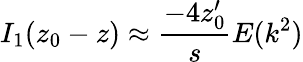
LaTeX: I_{1}(z_{0}-z)\approx\frac{-4z_{0}^{\prime}}{s}E(k^{2})